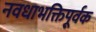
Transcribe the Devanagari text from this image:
नवधाभक्तिपूर्वक